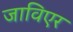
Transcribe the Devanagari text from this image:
जाविएर